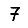
Digit: 7